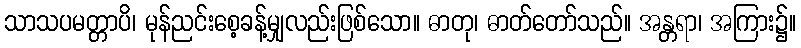
သာသပမတ္တာပိ၊ မုန်ညင်းစေ့ခန့်မျှလည်းဖြစ်သော။ ဓာတု၊ ဓာတ်တော်သည်။ အန္တရာ၊ အကြား၌။